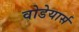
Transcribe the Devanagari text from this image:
वोडेयार्स